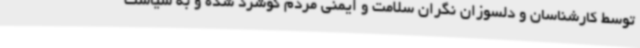
توسط کارشناسان و دلسوزان نگران سلامت و ایمنی مردم گوشزد شده و به سیاست